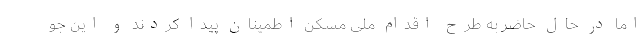
اما در حال حاضر به طرح اقدام ملی مسکن اطمینان پیدا کردند و این جو